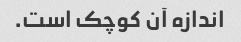
اندازه آن کوچک است.